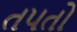
તપતો